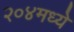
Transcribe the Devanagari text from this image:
२०४मध्ये